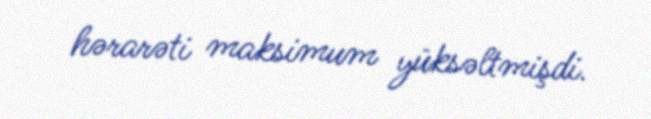
hərarəti maksimum yüksəltmişdi.